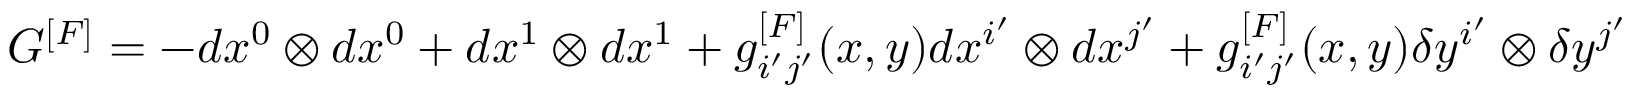
G ^ { [ F ] } = - d x ^ { 0 } \otimes d x ^ { 0 } + d x ^ { 1 } \otimes d x ^ { 1 } + g _ { i ^ { \prime } j ^ { \prime } } ^ { [ F ] } ( x , y ) d x ^ { i ^ { \prime } } \otimes d x ^ { j ^ { \prime } } + g _ { i ^ { \prime } j ^ { \prime } } ^ { [ F ] } ( x , y ) \delta y ^ { i ^ { \prime } } \otimes \delta y ^ { j ^ { \prime } }